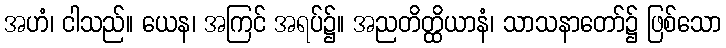
အဟံ၊ ငါသည်။ ယေန၊ အကြင် အရပ်၌။ အညတိတ္ထိယာနံ၊ သာသနာတော်၌ ဖြစ်သော